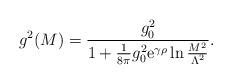
LaTeX: \begin{align*}g^2(M)={g_0^2 \over 1+ {1 \over 8\pi}g_0^2{\rm e}^{\gamma\rho}\ln{M^2 \over \Lambda^2}}. \end{align*}